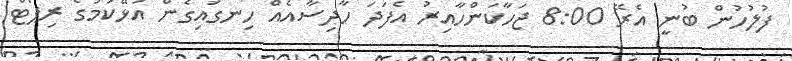
ފުލުހުން ބުނީ އެރޭ 8:00 ޖަހާކަންހާއިރު އެފަދަ ހާދިސާއެއް ހިނގައިގެން އުޅޭކަމުގެ ރިޕޯޓް